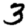
Digit: 3